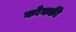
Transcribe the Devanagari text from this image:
कोक्की